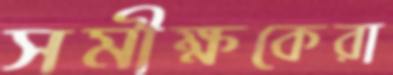
সমীক্ষকেরা